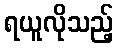
ရယူလိုသည့်